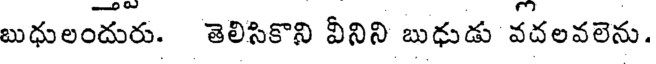
బుధులందురు. తెలిసికొని వీనిని బుధుడు వదలవలెను.